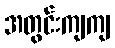
အတွင်းကျကျ